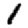
Digit: 1